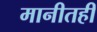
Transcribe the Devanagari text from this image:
मानीतही